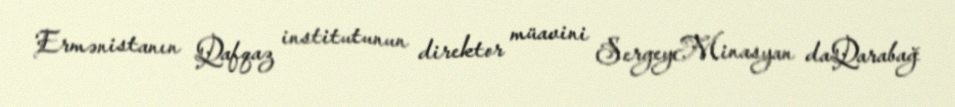
Ermənistanın Qafqaz institutunun direktor müavini SergeyMinasyan daQarabağ